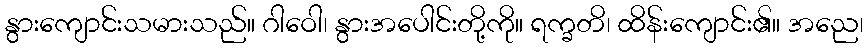
နွားကျောင်းသမားသည်။ ဂါဝေါ၊ နွားအပေါင်းတို့ကို။ ရက္ခတိ၊ ထိန်းကျောင်း၏။ အညေ၊